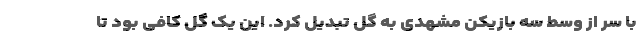
با سر از وسط سه بازیکن مشهدی به گل تبدیل کرد. این یک گل کافی بود تا